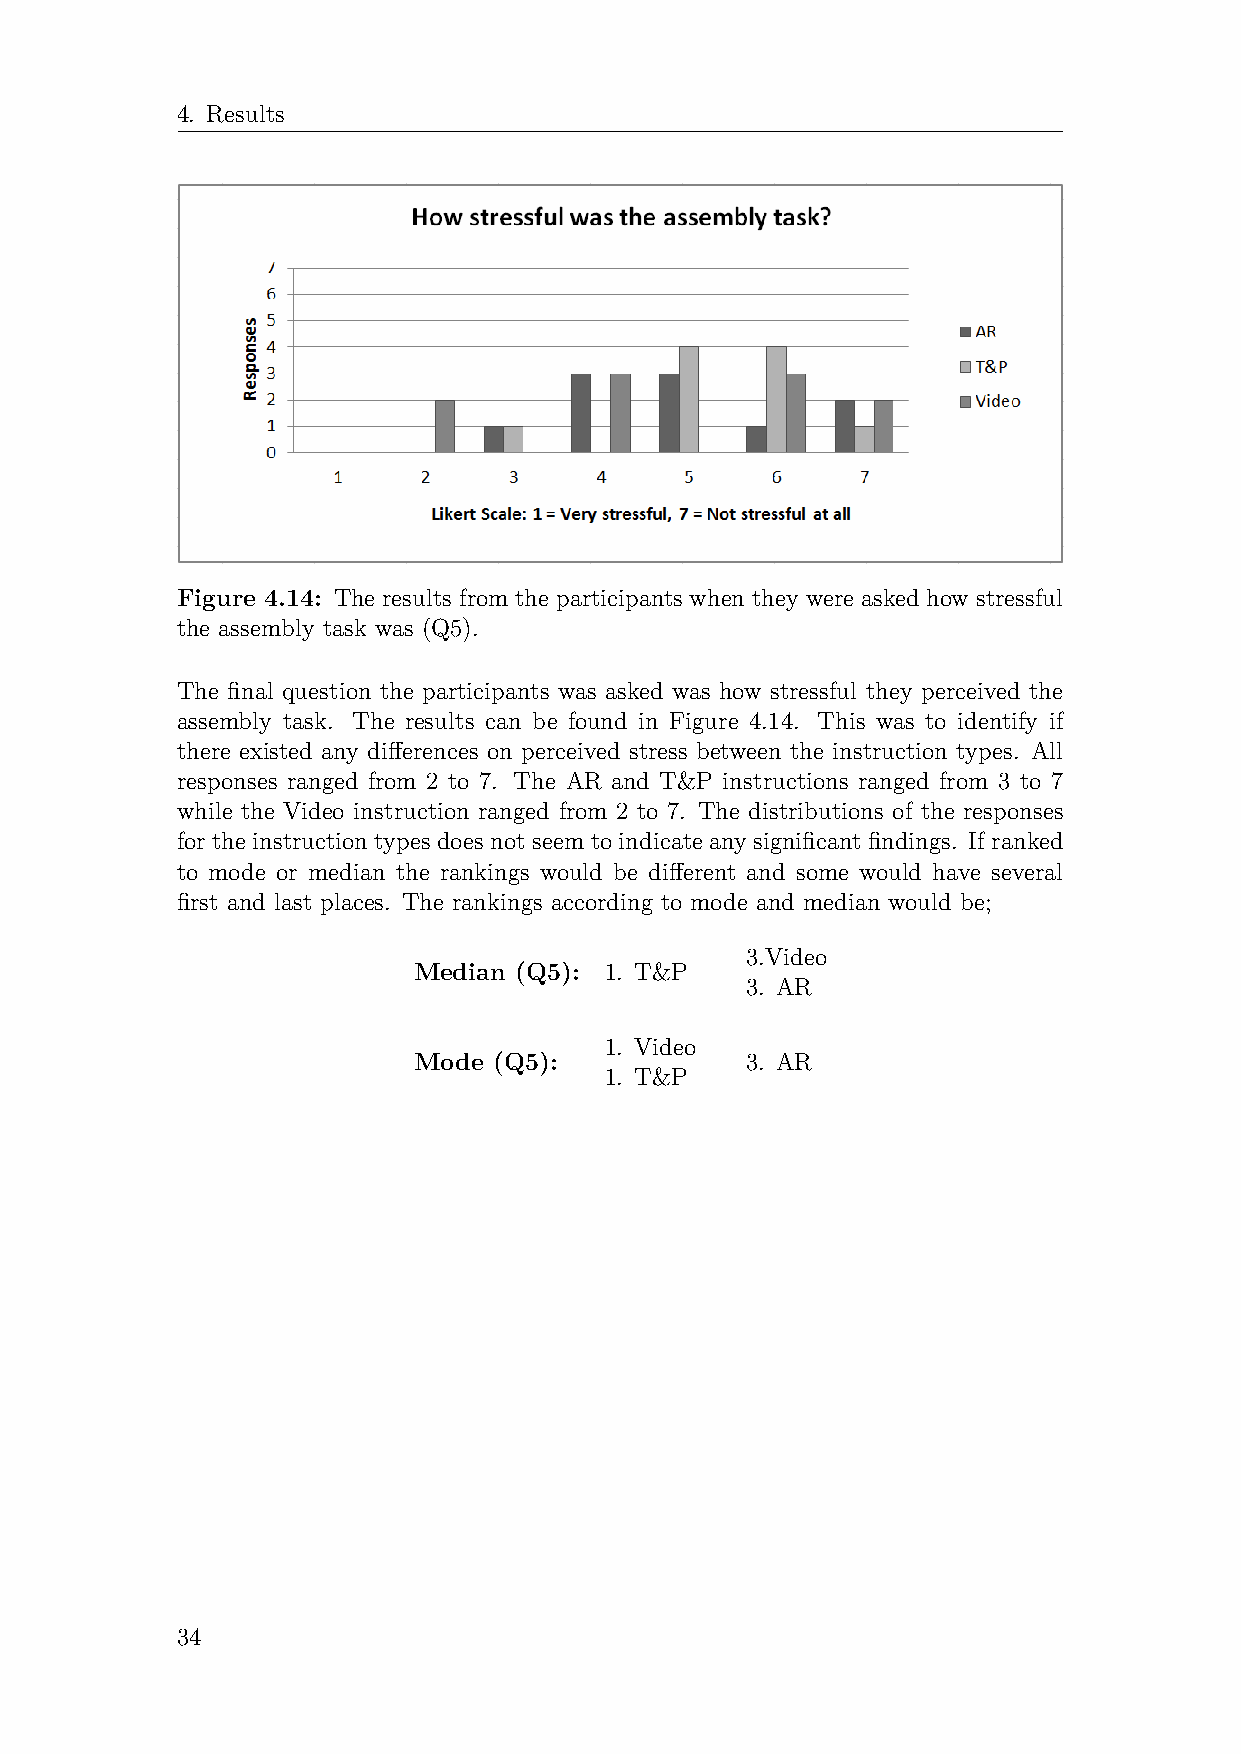
4. Results
 Figure 4.14: The results from the participants when they were asked how stressful
 the assembly task was (Q5).
 The final question the participants was asked was how stressful they perceived the
 assembly task. The results can be found in Figure 4.14. This was to identify if
 there existed any differences on perceived stress between the instruction types. All
 responses ranged from 2 to 7. The AR and T&P instructions ranged from 3 to 7
 while the Video instruction ranged from 2 to 7. The distributions of the responses
 for the instruction types does not seem to indicate any significant findings. If ranked
 to mode or median the rankings would be different and some would have several
 first and last places. The rankings according to mode and median would be;
 3.Video
 Median (Q5): 1. T&P
 3. AR
 1. Video
 Mode  (Q5):           3. AR
 1. T&P
 34